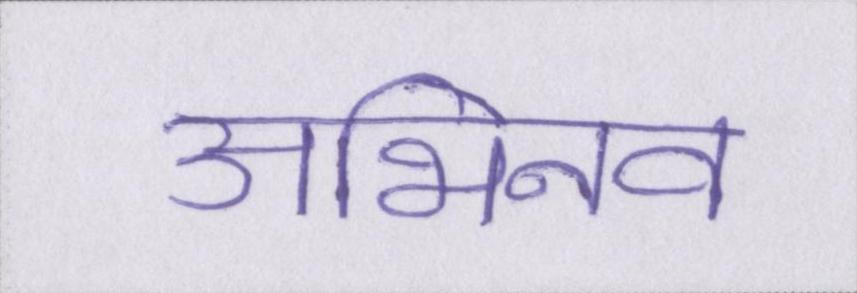
अभिनव